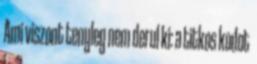
Ami viszont tenyleg nem derul ki: a titkos kodot